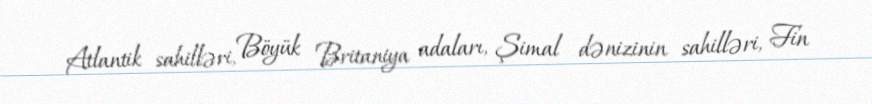
Atlantik sahilləri, Böyük Britaniya adaları, Şimal dənizinin sahilləri, Fin